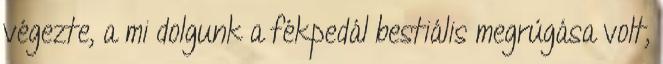
végezte, a mi dolgunk a fékpedál bestiális megrúgása volt,